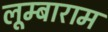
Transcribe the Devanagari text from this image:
लूम्बाराम